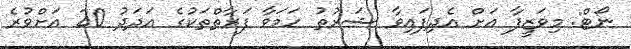
ނޯޓް: މިވަޒީފާ އަށް އެދިފައިވާ ޝަރުޠު ހަމަވާ ފަރާތްތަކުގެ އަދަދު 20 އަށްވުރެ